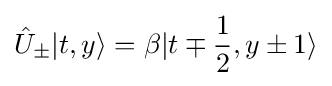
{\hat {U}}_{\pm }|t,y\rangle =\beta |t\mp {\frac {1}{2}},y\pm 1\rangle